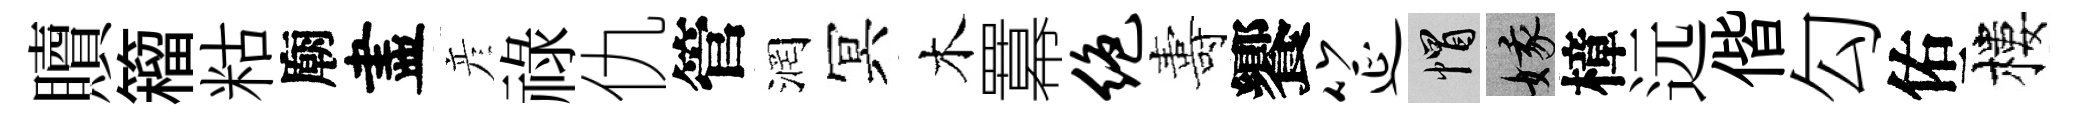
贖籕䊀廟盡彦祿仇管润冥木羃绝夀饗筵帽娥樟远偕勾佑樓